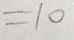
= 1 0